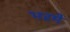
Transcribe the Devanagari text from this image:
भरमे